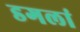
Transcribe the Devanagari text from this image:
डगलां